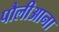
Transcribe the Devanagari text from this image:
पौलीआना